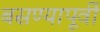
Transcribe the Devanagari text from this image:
बसण्यापूर्वी